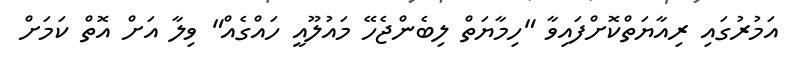
އަމުރުގައި ރިއާޔަތްކޮށްފައިވާ "ހިމާޔަތް ލިބެންޖެހޭ މައުލޫއީ ހައްގެއް" ވިލާ އަށް އޮތް ކަމަށް